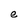
Character: e